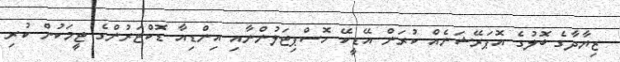
ޒިޔާދާގެ ބޮލުގެ އޮޕަރޭޝަނެއް ކުރަން އޭޑީކޭ ހޮސްޕިޓަލުންނާއި އިންޑިއާ ޑޮކްޓަރުންގެ ޓީމަކުން ކުރި